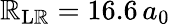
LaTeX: \mathbb{R}_{\mathrm{{L\mathbb{R}}}}=16.6\, a_{0}